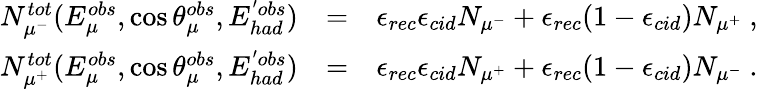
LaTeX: \begin{array}{rlr}{N_{\mu^{-}}^{tot}(E_{\mu}^{obs},\cos\theta_{\mu}^{obs},E_{had}^{'obs})}&{=}&{\epsilon_{rec}\epsilon_{cid}N_{\mu^{-}}+\epsilon_{rec}(1-\epsilon_{cid})N_{\mu^{+}}~,}\\ {N_{\mu^{+}}^{tot}(E_{\mu}^{obs},\cos\theta_{\mu}^{obs},E_{had}^{'obs})}&{=}&{\epsilon_{rec}\epsilon_{cid}N_{\mu^{+}}+\epsilon_{rec}(1-\epsilon_{cid})N_{\mu^{-}}~.}\end{array}